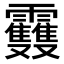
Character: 𩇈